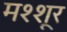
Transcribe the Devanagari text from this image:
मश्शूर